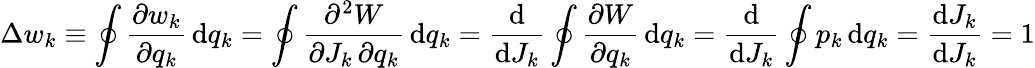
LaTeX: \Delta w_{k}\equiv\oint{\frac{\partial w_{k}}{\partial q_{k}}}\, \mathrm{d}q_{k}=\oint{\frac{\partial^{2}W}{\partial J_{k}\, \partial q_{k}}}\, \mathrm{d}q_{k}={\frac{\mathrm{d}}{\mathrm{d}J_{k}}}\oint{\frac{\partial W}{\partial q_{k}}}\, \mathrm{d}q_{k}={\frac{\mathrm{d}}{\mathrm{d}J_{k}}}\oint p_{k}\, \mathrm{d}q_{k}={\frac{\mathrm{d}J_{k}}{\mathrm{d}J_{k}}}=1